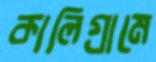
কালিগ্রামে